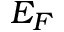
E _ { F }